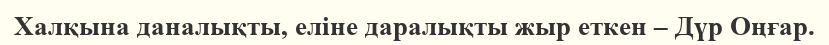
Халқына даналықты, еліне даралықты жыр еткен – Дүр Оңғар.